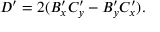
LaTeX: D ^ { \prime } = 2 ( B _ { x } ^ { \prime } C _ { y } ^ { \prime } - B _ { y } ^ { \prime } C _ { x } ^ { \prime } ) .